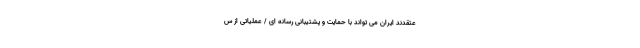
عتقدند ایران می تواند با حمایت و پشتیبانی رسانه ای / عملیاتی از س